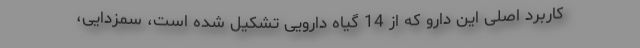
کاربرد اصلی این دارو که از 14 گیاه دارویی تشکیل شده است، سمزدایی،